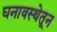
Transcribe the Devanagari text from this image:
घनावस्थेतून